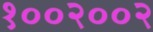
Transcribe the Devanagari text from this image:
१००२००२